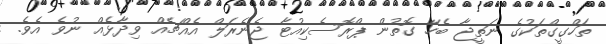
ތަހްގީގްތަކުގެ ނަތީޖާ ބެހޭ ގޮތުން ޕްރޮސެކިއުޓާ ޖެނެރަލް އެއްޗެއް ވިދާޅެއް ނުވެ އެވެ.